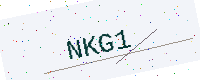
Text: NKG1